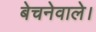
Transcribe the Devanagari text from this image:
बेचनेवाले।